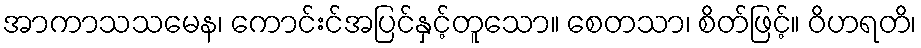
အာကာသသမေန၊ ကောင်းင်အပြင်နှင့်တူသော။ စေတသာ၊ စိတ်ဖြင့်။ ဝိဟရတိ၊